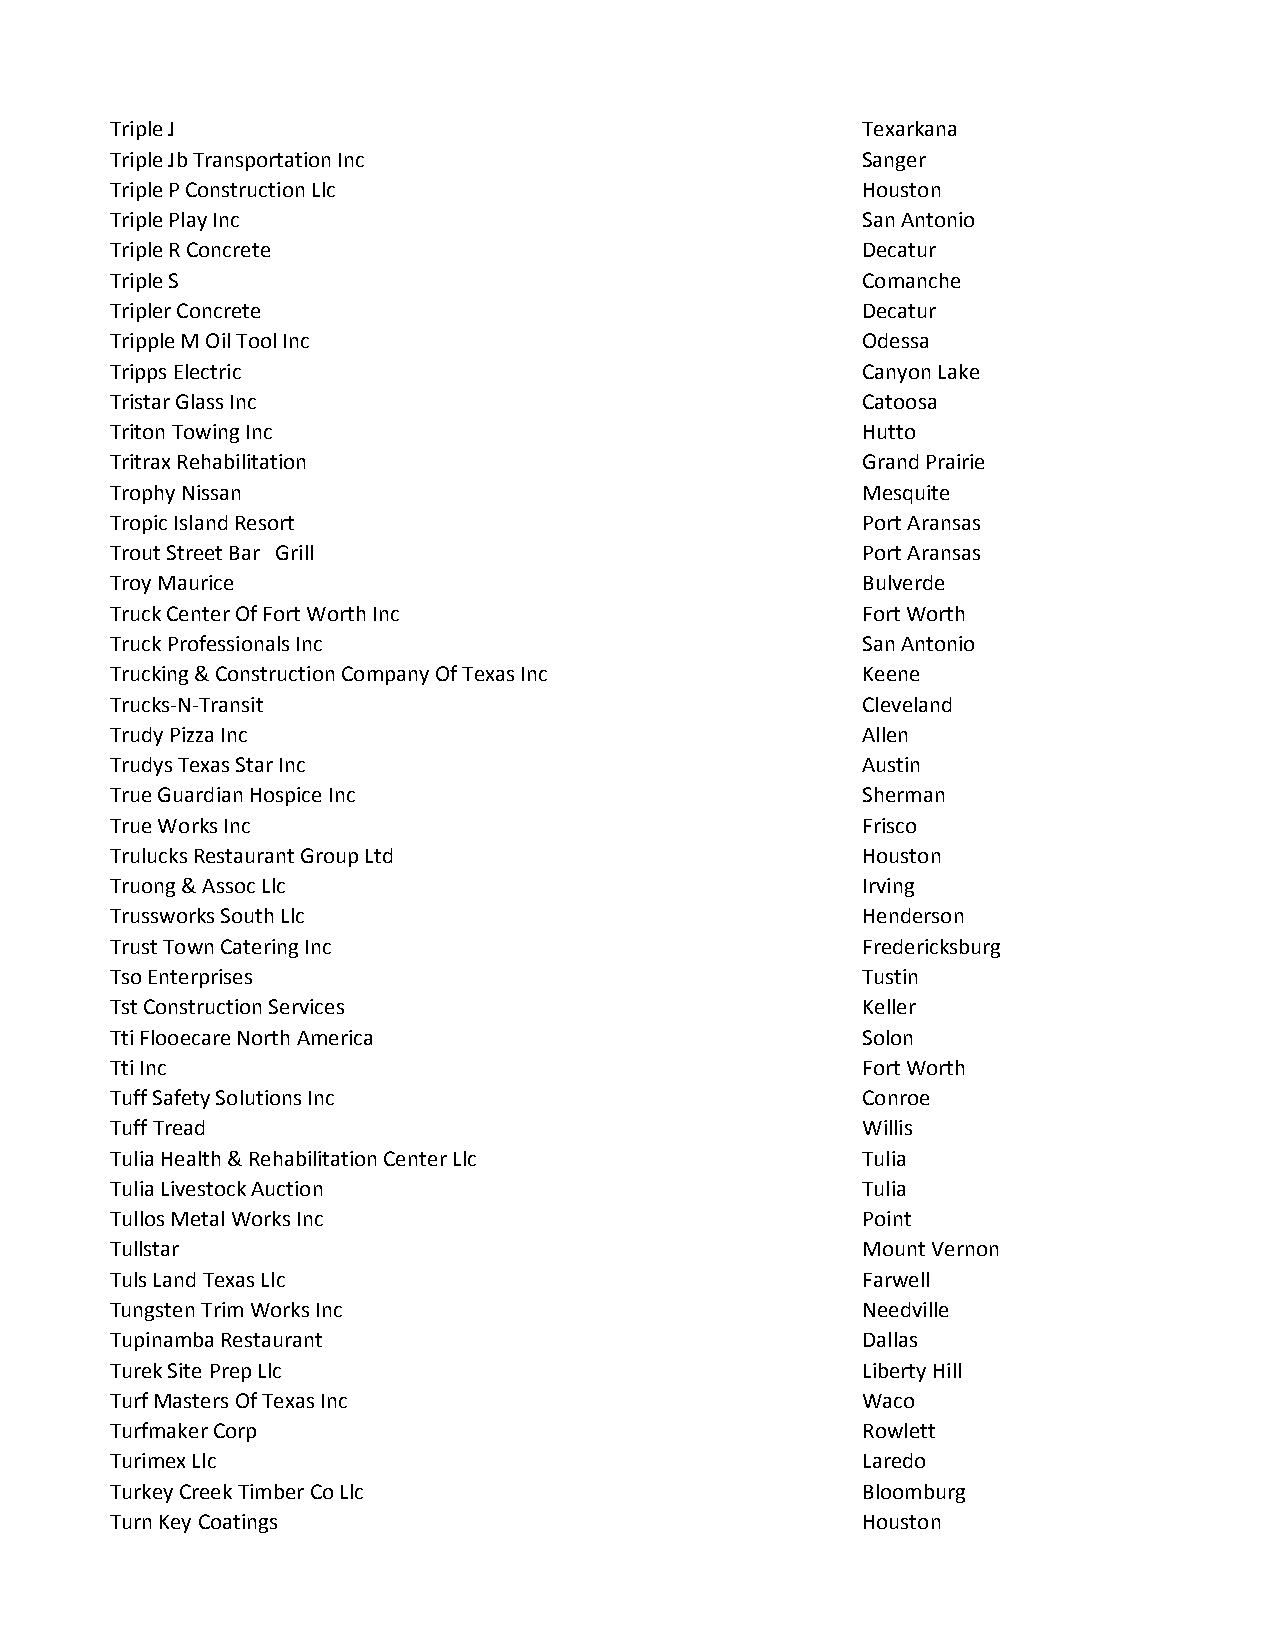
Triple J                                          Texarkana
 Triple Jb Transportation Inc                      Sanger
 Triple P Construction Llc                         Houston
 Triple Play Inc                                   San Antonio
 Triple R Concrete                                 Decatur
 Triple S                                          Comanche
 Tripler Concrete                                  Decatur
 Tripple M Oil Tool Inc                            Odessa
 Tripps Electric                                   Canyon Lake
 Tristar Glass Inc                                 Catoosa
 Triton Towing Inc                                 Hutto
 Tritrax Rehabilitation                            Grand Prairie
 Trophy Nissan                                     Mesquite
 Tropic Island Resort                              Port Aransas
 Trout Street Bar Grill                            Port Aransas
 Troy Maurice                                      Bulverde
 Truck Center Of Fort Worth Inc                    Fort Worth
 Truck Professionals Inc                           San Antonio
 Trucking & Construction Company Of Texas Inc      Keene
 Trucks-N-Transit                                  Cleveland
 Trudy Pizza Inc                                   Allen
 Trudys Texas Star Inc                             Austin
 True Guardian Hospice Inc                         Sherman
 True Works Inc                                    Frisco
 Trulucks Restaurant Group Ltd                     Houston
 Truong & Assoc Llc                                Irving
 Trussworks South Llc                              Henderson
 Trust Town Catering Inc                           Fredericksburg
 Tso Enterprises                                   Tustin
 Tst Construction Services                         Keller
 Tti Flooecare North America                       Solon
 Tti Inc                                           Fort Worth
 Tuff Safety Solutions Inc                         Conroe
 Tuff Tread                                        Willis
 Tulia Health & Rehabilitation Center Llc          Tulia
 Tulia Livestock Auction                           Tulia
 Tullos Metal Works Inc                            Point
 Tullstar                                          Mount Vernon
 Tuls Land Texas Llc                               Farwell
 Tungsten Trim Works Inc                           Needville
 Tupinamba Restaurant                              Dallas
 Turek Site Prep Llc                               Liberty Hill
 Turf Masters Of Texas Inc                         Waco
 Turfmaker Corp                                    Rowlett
 Turimex Llc                                       Laredo
 Turkey Creek Timber Co Llc                        Bloomburg
 Turn Key Coatings                                 Houston